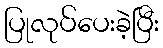
ပြုလုပ်ပေးခဲ့ပြီး